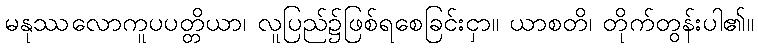
မနုဿလောကူပပတ္တိယာ၊ လူပြည်၌ဖြစ်ရစေခြင်းငှာ။ ယာစတိ၊ တိုက်တွန်းပါ၏။